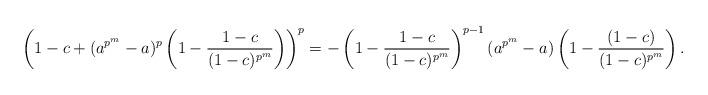
LaTeX: \begin{align*}\left(1-c+(a^{p^m}-a)^p\left(1-\dfrac{1-c}{(1-c)^{p^m}}\right)\right)^p=-\left(1-\dfrac{1-c}{(1-c)^{p^m}}\right)^{p-1}(a^{p^m}-a)\left(1-\dfrac{(1-c)}{(1-c)^{p^m}}\right).\end{align*}